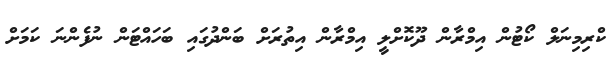
ކްރިމިނަލް ކޯޓުން އިމްރާން ދޫކޮށްލީ އިމްރާން އިތުރަށް ބަންދުގައި ބަހައްޓަން ނުފެންނަ ކަމަށް